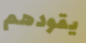
يقودهم